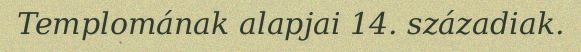
Templomának alapjai 14. századiak.